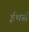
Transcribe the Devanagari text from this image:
ईथर्स